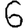
Digit: 6